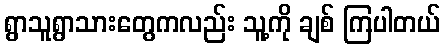
ရွာသူရွာသားတွေကလည်း သူ့ကို ချစ် ကြပါတယ်